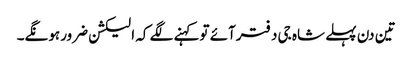
تین دن پہلے شاہ جی دفترآئے توکہنے لگے کہ الیکشن ضرورہونگے۔